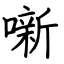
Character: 噺